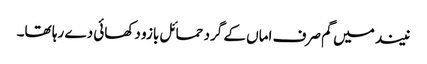
نیند میں گم صرف اماں کے گرد حمائل بازو دکھائی دے رہا تھا۔